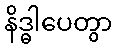
နိဒ္ဓါပေတွာ